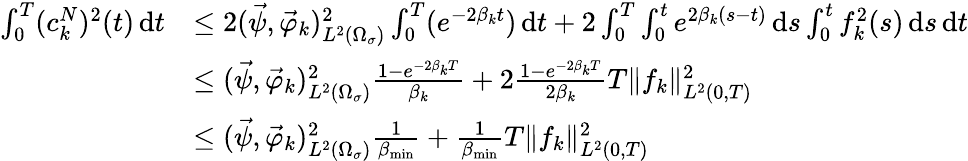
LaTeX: \begin{array}{rl}{\int_{0}^{T}(c_{k}^{N})^{2}(t)\, \mathrm dt}&{\leq 2(\vec{\psi},\vec{\varphi}_{k})_{L^{2}(\Omega_{\sigma})}^{2}\int_{0}^{T}(e^{-2\beta_{k}t})\, \mathrm dt+2\int_{0}^{T}\int_{0}^{t}e^{2\beta_{k}(s-t)}\, \mathrm ds\int_{0}^{t}f_{k}^{2}(s)\, \mathrm ds\, \mathrm dt}\\ &{\leq(\vec{\psi},\vec{\varphi}_{k})_{L^{2}(\Omega_{\sigma})}^{2}\frac{1-e^{-2\beta_{k}T}}{\beta_{k}}+2\frac{1-e^{-2\beta_{k}T}}{2\beta_{k}}T\| f_{k}\| _{L^{2}(0,T)}^{2}}\\ &{\leq(\vec{\psi},\vec{\varphi}_{k})_{L^{2}(\Omega_{\sigma})}^{2}\frac{1}{\beta_{\operatorname*{min}}}+\frac{1}{\beta_{\operatorname*{min}}}T\| f_{k}\| _{L^{2}(0,T)}^{2}}\end{array}